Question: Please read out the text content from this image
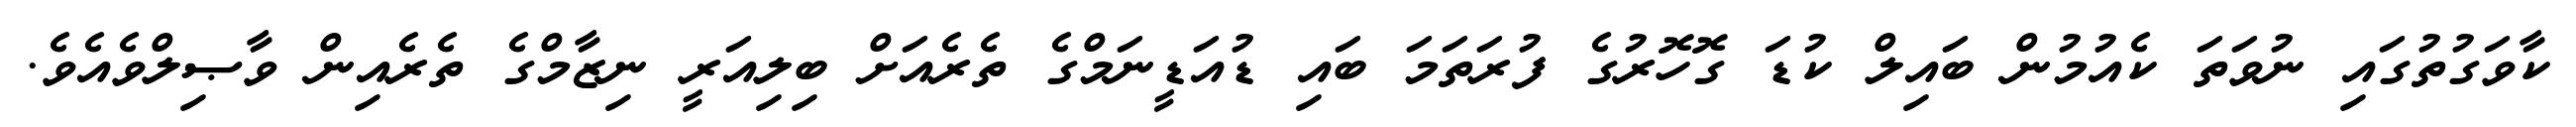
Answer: ކާވަގުތުގައި ނުވަތަ ކެއުމުން ބައިލް ކުޑަ ގޮހޮރުގެ ފުރަތަމަ ބައި ޑުއަޑީނަމްގެ ތެރެއަށް ބިލިއަރީ ނިޒާމްގެ ތެރެއިން ވާޞިލްވެއެވެ.